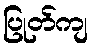
ပြုတ်ကျ